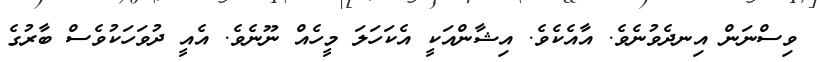
ވިސްނަން އިނދެވުނެވެ. އާއެކެވެ. އިޝާންއަކީ އެކަހަލަ މީހެއް ނޫނެވެ. އެއީ ދުވަހަކުވެސް ބާރުގެ